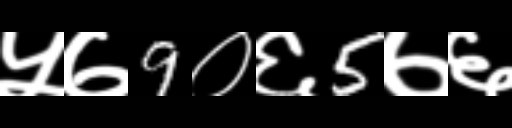
Text: ५७9०६5७६